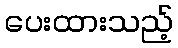
ပေးထားသည့်